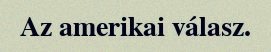
Az amerikai válasz.